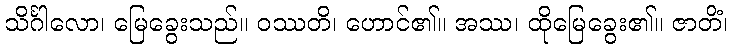
သိင်္ဂါလော၊ မြေခွေးသည်။ ဝဿတိ၊ ဟောင်၏။ အဿ၊ ထိုမြေခွေး၏။ ဇာတိံ၊